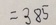
= 3 8 5